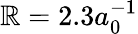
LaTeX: \mathbb{R}=2.3a_{0}^{-1}